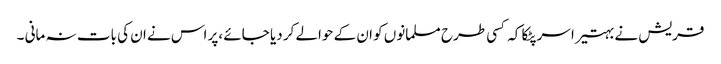
قریش نے بہتیرا سر پٹکا کہ کسی طرح مسلمانوں کو ان کے حوالے کر دیا جائے ،پر اس نے ان کی بات نہ مانی ۔